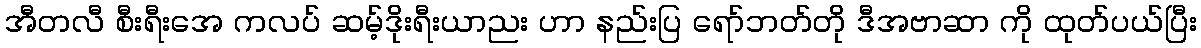
အီတလီ စီးရီးအေ ကလပ် ဆမ့်ဒိုးရီးယာညး ဟာ နည်းပြ ရော်ဘတ်တို ဒီအဗာဆာ ကို ထုတ်ပယ်ပြီး